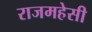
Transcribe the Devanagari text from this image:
राजमहेसी